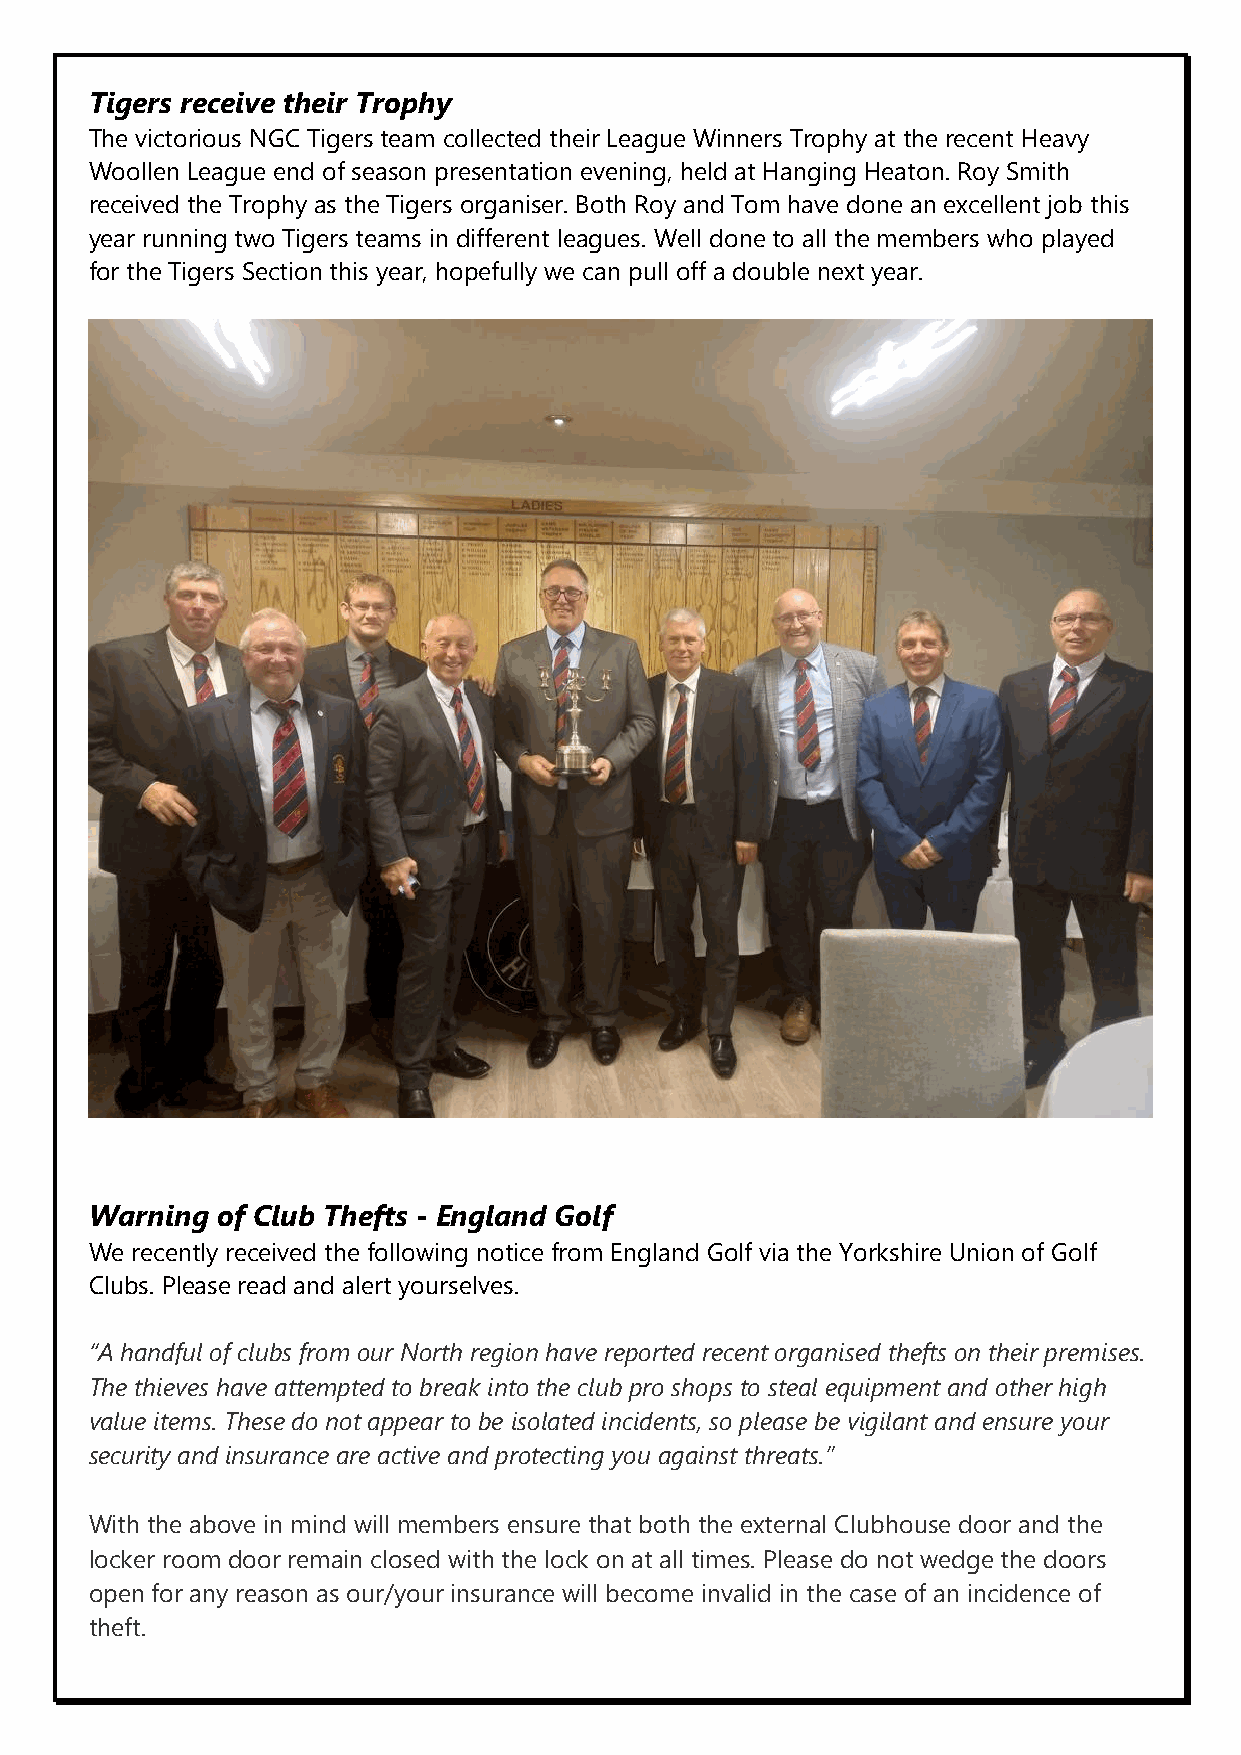
Tigers receive their Trophy
 The victorious NGC Tigers team collected their League Winners Trophy at the recent Heavy
 Woollen League end of season presentation evening, held at Hanging Heaton. Roy Smith
 received the Trophy as the Tigers organiser. Both Roy and Tom have done an excellent job this
 year running two Tigers teams in different leagues. Well done to all the members who played
 for the Tigers Section this year, hopefully we can pull off a double next year.
 Warning of Club Thefts - England Golf
 We recently received the following notice from England Golf via the Yorkshire Union of Golf
 Clubs. Please read and alert yourselves.
 “A handful of clubs from our North region have reported recent organised thefts on their premises.
 The thieves have attempted to break into the club pro shops to steal equipment and other high
 value items. These do not appear to be isolated incidents, so please be vigilant and ensure your
 security and insurance are active and protecting you against threats.”
 With the above in mind will members ensure that both the external Clubhouse door and the
 locker room door remain closed with the lock on at all times. Please do not wedge the doors
 open for any reason as our/your insurance will become invalid in the case of an incidence of
 theft.